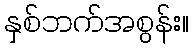
နှစ်ဘက်အစွန်း။